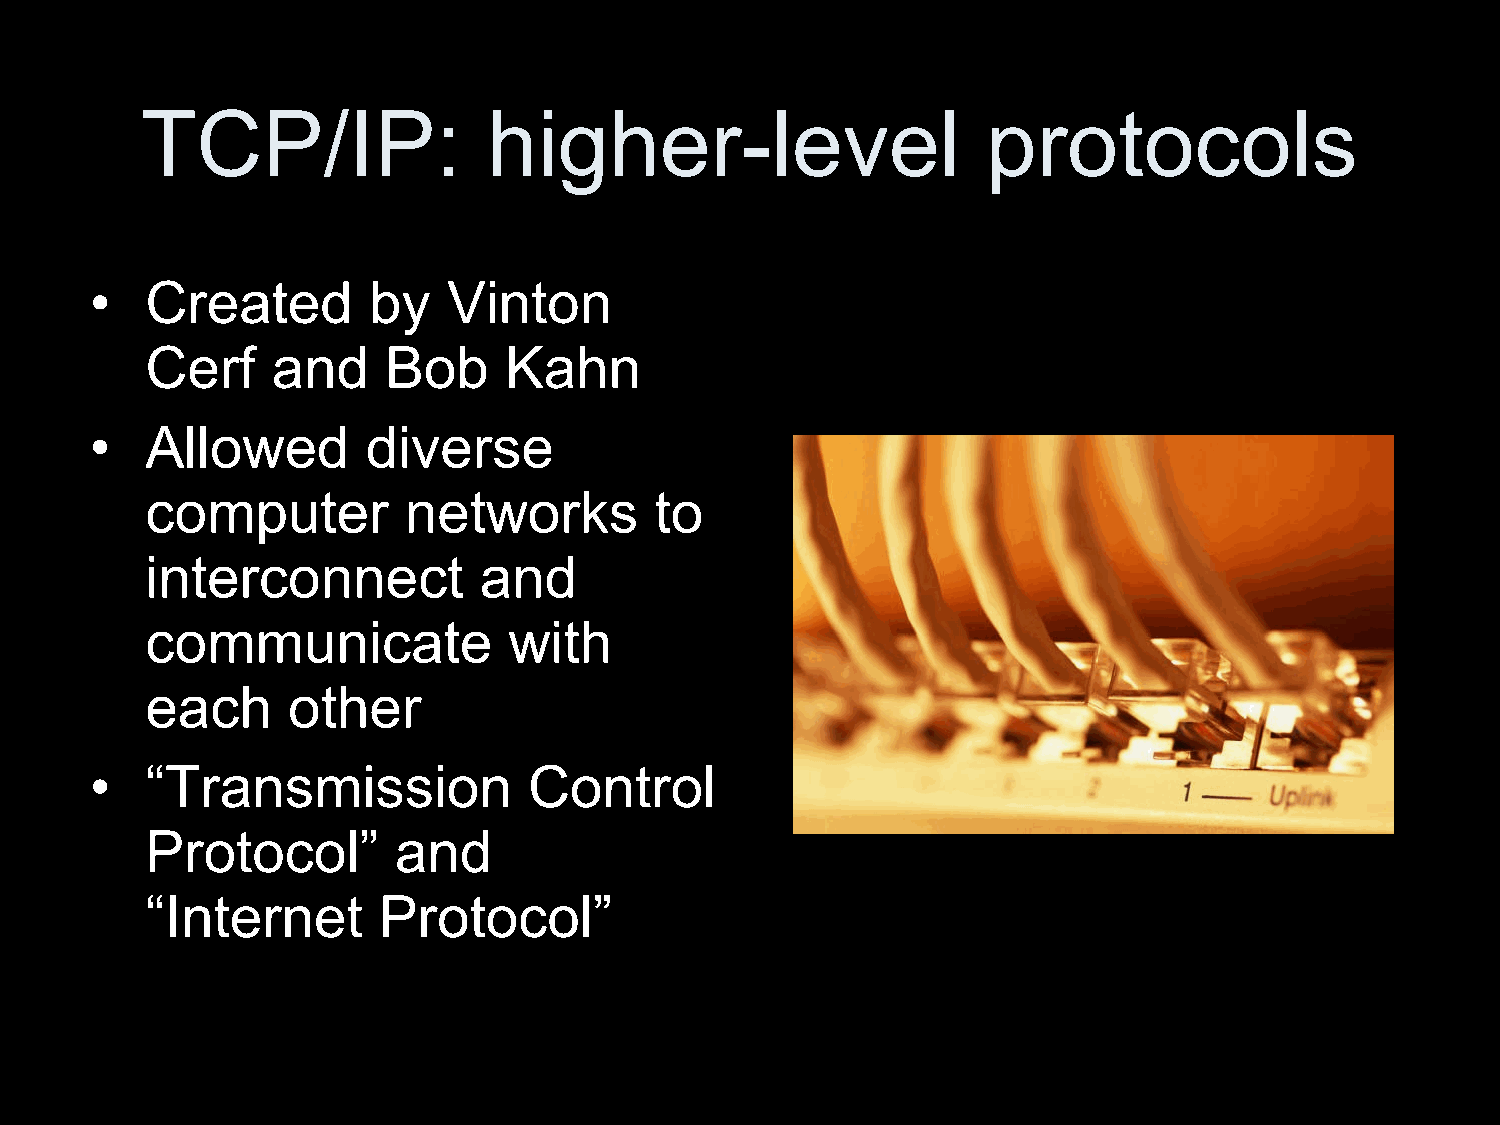
TCP/IP:                higher-level                     protocols
 •   Created       by    Vinton
 Cerf    and     Bob    Kahn
 •   Allowed       diverse
 computer         networks        to
 interconnect          and
 communicate             with
 each     other
 •   “Transmission            Control
 Protocol”       and
 “Internet      Protocol”